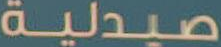
صيدلية